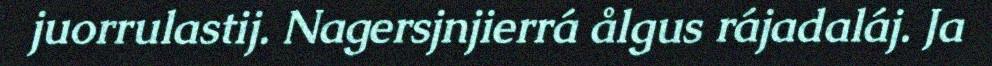
juorrulastij. Nagersjnjierrá ålgus rájadaláj. Ja